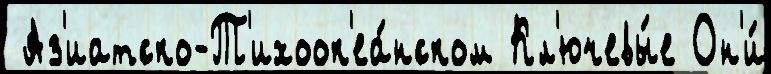
 Аз'иатско-Т'ихоок'еа́нском Кл'ючевы́е Он'и́